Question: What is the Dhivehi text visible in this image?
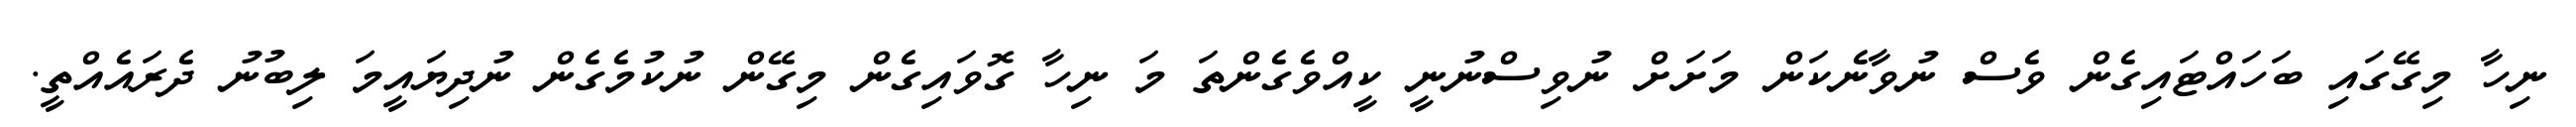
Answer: ނިހާ މިގޭގައި ބަހައްޓައިގެން ވެސް ނުވާނެކަން މަށަށް ނުވިސްނުނީ ކީއްވެގެންތަ މަ ނިހާ ގޮވައިގެން މިގޭން ނުކުމެގެން ނުދިޔައީމަ ލިބުނު ދެރައެއްތީ.